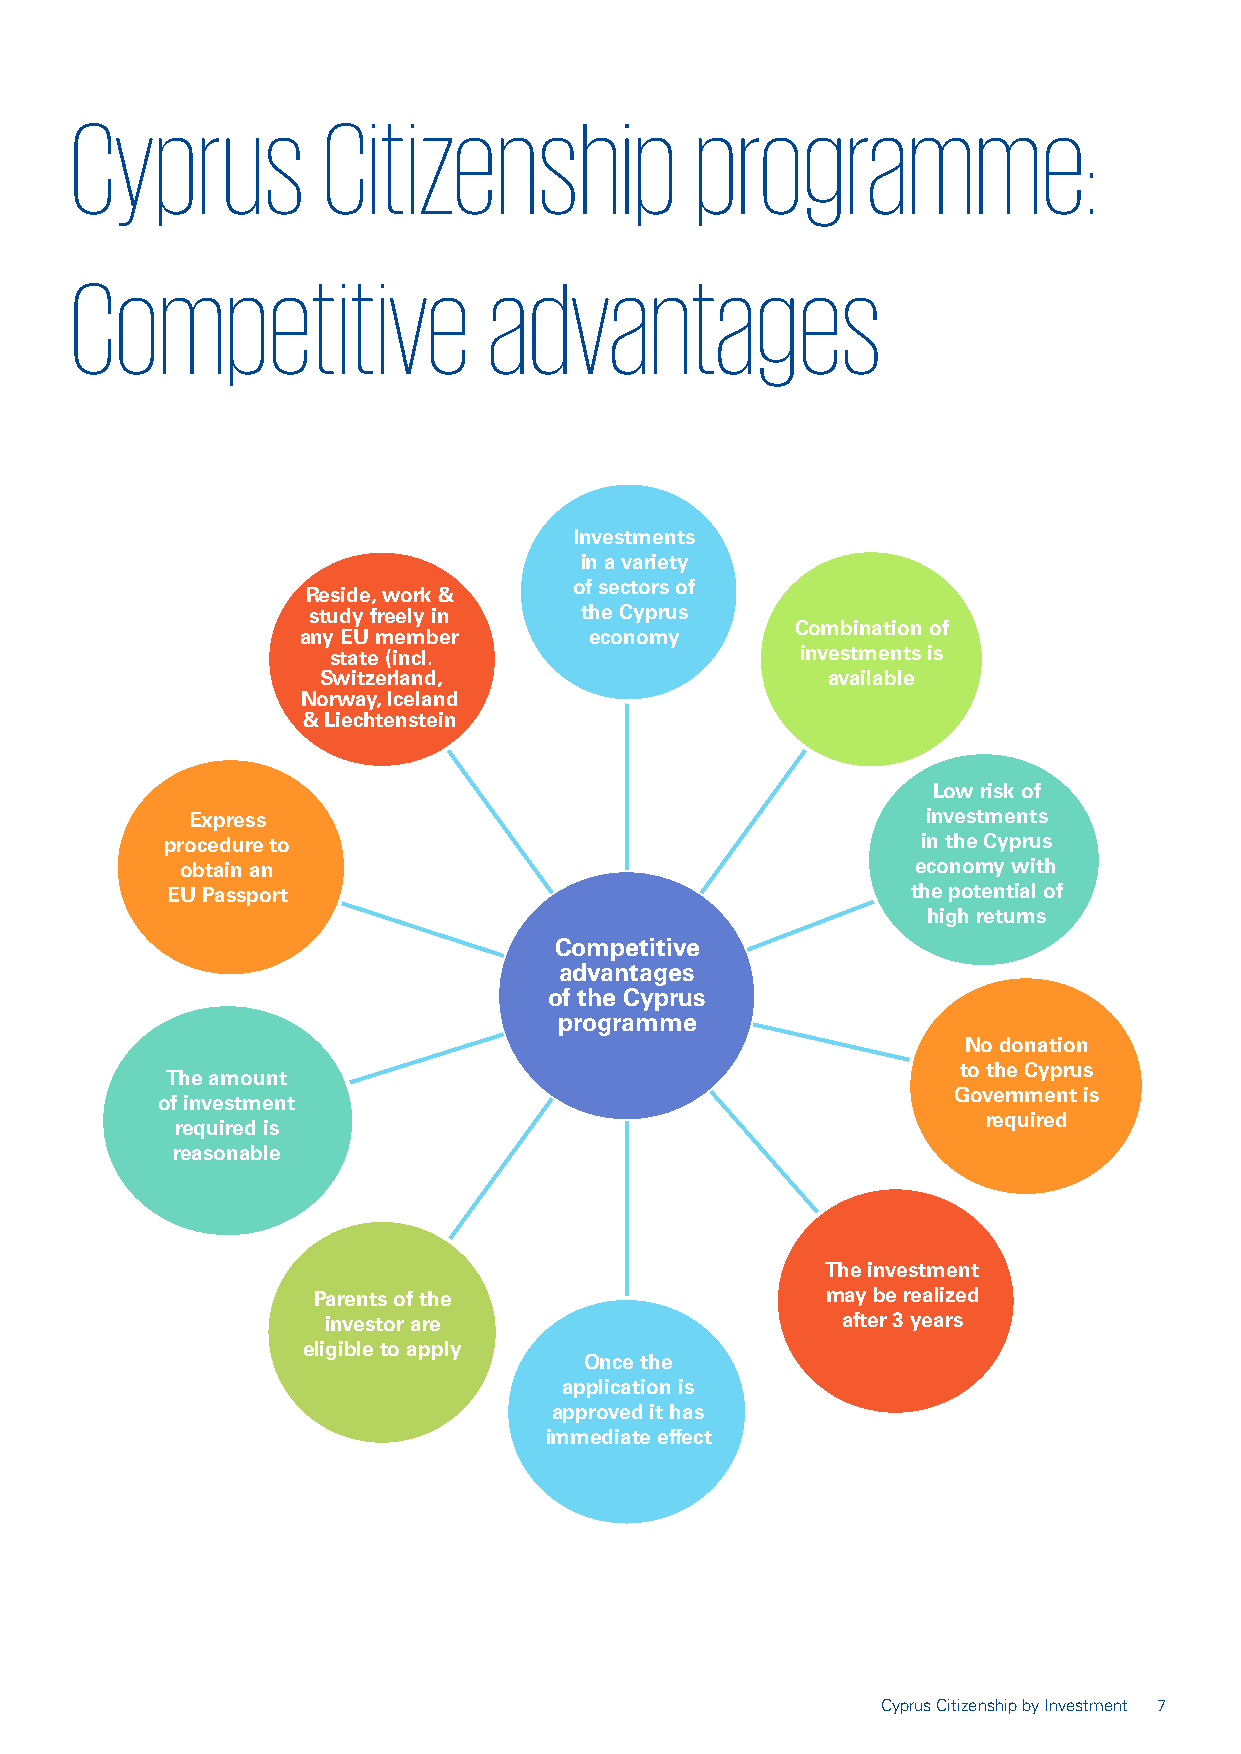
Cyprus          Citizenship              programme:
 Competitive                advantages
 Investments
 in a variety
 of sectors of
 Reside, work &
 study freely in   the Cyprus
 Combination of
 any EU member      economy
 state (incl.                   investments is
 Switzerland,                      available
 Norway, Iceland
 & Liechtenstein
 Low risk of
 Express                                         investments
 procedure to                                      in the Cyprus
 obtain an                                        economy with
 EU Passport                                      the potential of
 high returns
 Com p e titive
 advantages
 of the Cyprus
 programme
 No donation
 to the Cyprus
 The amount
 of investmen t
 Government is
 required is
 required
 reasonable
 The investmen t
 Parents of the                    may be realized
 investor are                       after 3 years
 eligible to apply
 Once the
 application is
 approved it has
 immediate effect
 Cyprus Citizenship by Investment 7